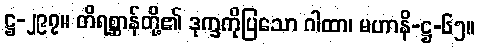
ဋ္ဌ-၂၉၇။ တိရစ္ဆာန်တို့၏ ဒုက္ခကိုပြသော ဂါထာ၊ မဟာနိ-ဋ္ဌ-၆၅။